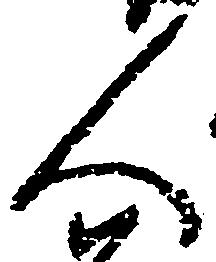
人